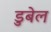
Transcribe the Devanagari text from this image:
डुबेल